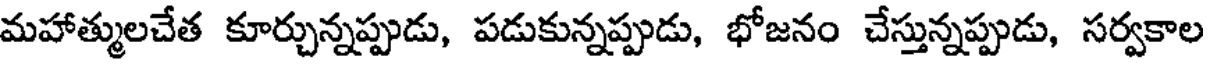
మహాత్ములచేత కూర్చున్నప్పుడు, పడుకున్నప్పుడు, భోజనం చేస్తున్నప్పుడు, సర్వకాల